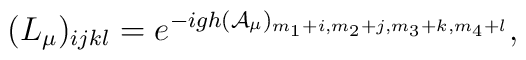
(L_\mu)_{ijkl}=e^{-igh({\cal A}_\mu)_{m_1+i,m_2+j,m_3+k,m_4+l}},